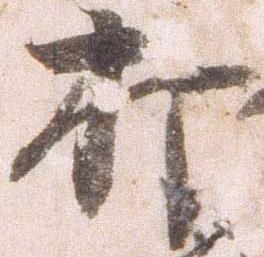
打